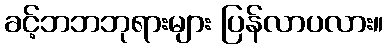
ခင့်ဘဘဘုရားများ ပြန်လာပလား။